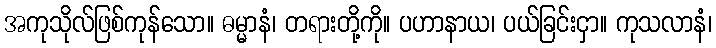
အကုသိုလ်ဖြစ်ကုန်သော။ ဓမ္မာနံ၊ တရားတို့ကို။ ပဟာနာယ၊ ပယ်ခြင်းငှာ။ ကုသလာနံ၊